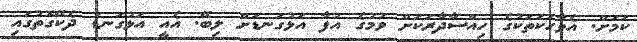
ކަމަށް. އެވާހަކަތަކުގެ ހިއްސާދާރަކަށް ވުމުގެ އުފާ އަޅުގަނޑަށް ލިބޭ. އެއީ އަޅުގަނޑު ދެކޭގޮތުގައި